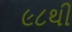
૯૮થી